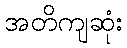
အတိကျဆုံး